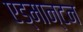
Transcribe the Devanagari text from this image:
एड्मान्टन